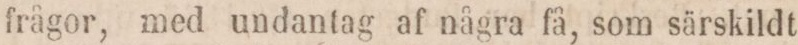
frågor, med undantag af några få, som särskildt